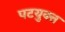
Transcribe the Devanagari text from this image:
पटयुक्त